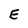
Character: E